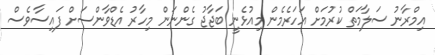
އިމްރާނު ސަލާމަތް ކުރުމަށް އަހަރެމެން މިއުޅެނީ ބަޖާޖު ގެންނަން މިހާރު އެޑްވާންސަށް ފައިސާވެސް